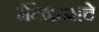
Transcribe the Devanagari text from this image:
मेंटेनन्सचे